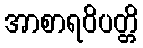
အာစာရဝိပတ္တိ